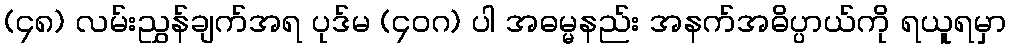
(၄၈) လမ်းညွှန်ချက်အရ ပုဒ်မ (၄၀ဂ) ပါ အဓမ္မနည်း အနက်အဓိပ္ပာယ်ကို ရယူရမှာ